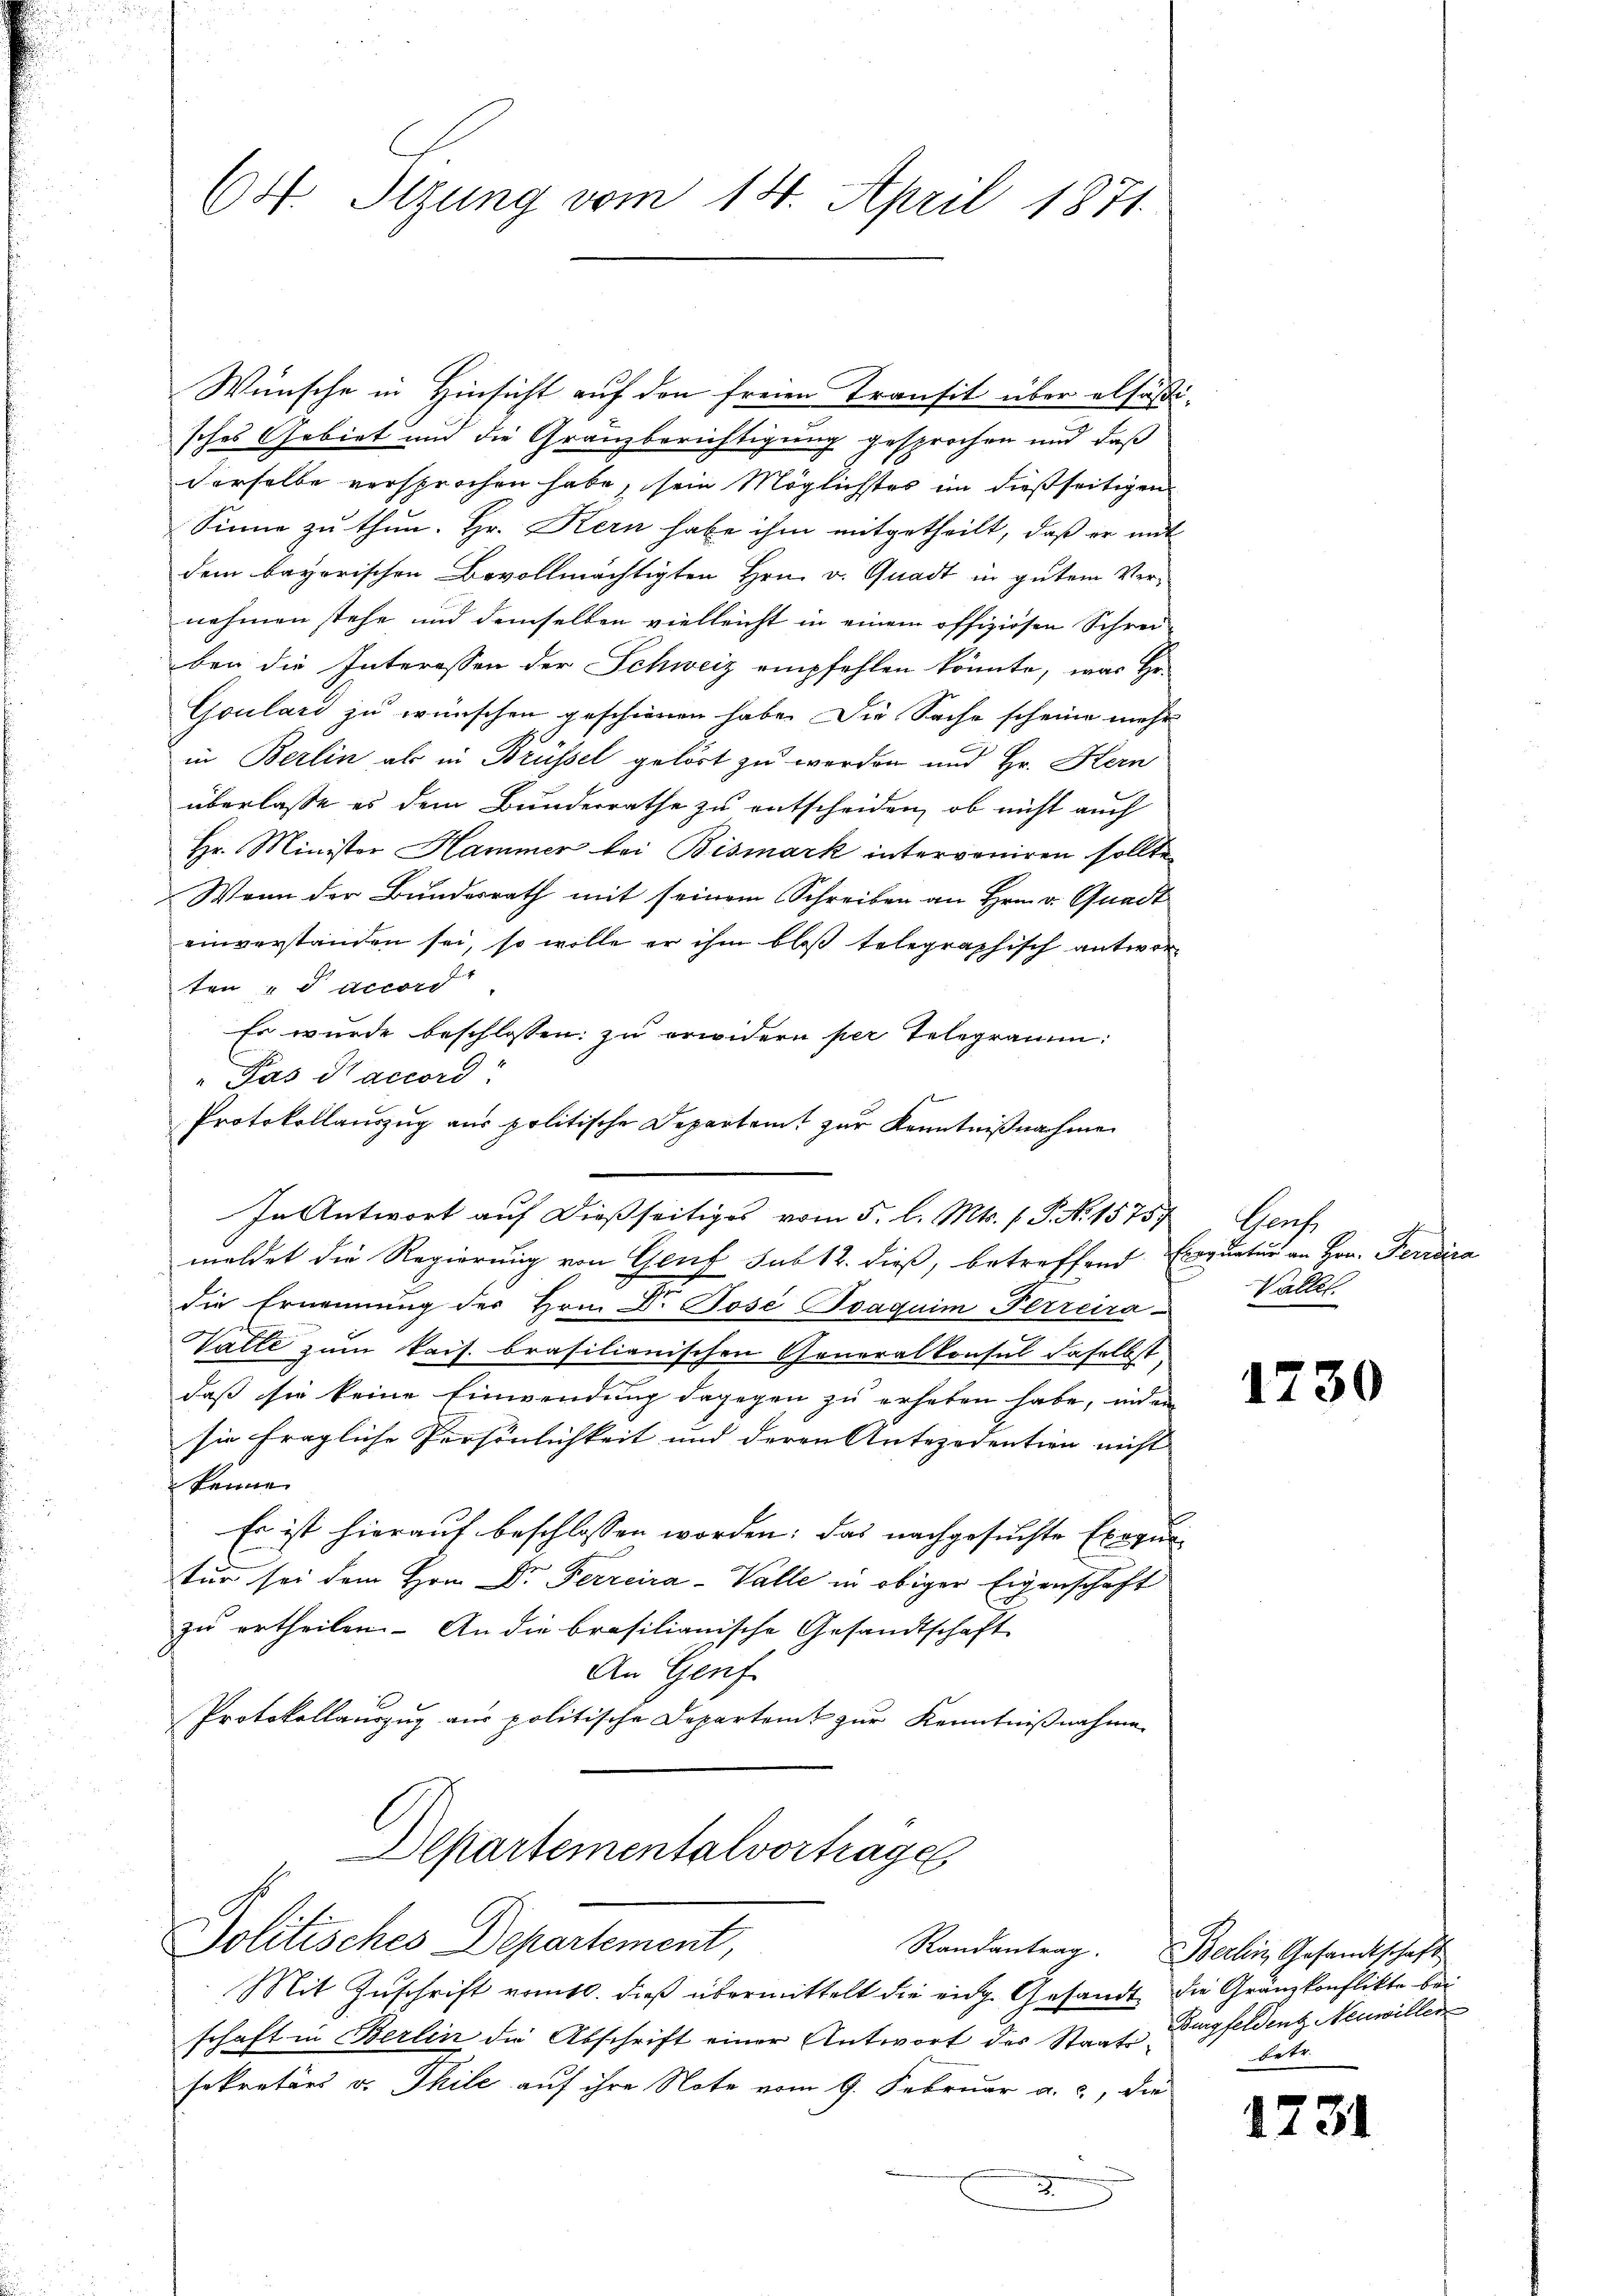
6st Sizung vom 14. April 1871.

Wünsche in Hinsicht auf den freien Transit über alsäße
sches Gebiet und die Gränzberichtigung gesprochen und daß
derselbe versprochen habe, sein Möglichstes in dießseitigen
Sinne zu thun. Hr. Kern habe ihm mitgetheilt, daß er mit
dem bayorischen Bevollmächtigten Hrn. v. Gnadt in gutem Vernehmen stehe und demselben vielleicht in einem offiziösen Schreiben die Interessen der Schweiz empfehlen könnte, was Hr.
Goulard zu wünschen geschienen habe. Die Sache scheine mehr
in Berlin als in Brüssel gehört zu werden und Hr. Kern
überlasse es dem Bunderrathe zu entscheiden, ob nicht auch
Hr. Minister Hammer bei Bismark intervoniren sollte
Wenn der Bundesrath mit seinem Schreiben an Hrn. v. Gnadt
einverstanden sei, so wolle er ihm bloß telegraphisch antworten u Accord
Er wurde beschlossen: zu erwidern per Telegramm:
"Pas Saccord
Protokollauszug aus politische Departeit zur Kenntnißnahmen
In Antwort auf dießseitiges vom 5. l. Mts. 1. P. N. 15757 Genf
meldet die Regierung von Genf sub 12. dieß, betreffend Exequatur an Hrn. Feridica
die Ernennung der Hrn. Dr. Jose Ivaquim Ferreira Kalter
Vatte zum kais. brasilianischen Generalkonsul daselbst
daß sie keine Einwendung dagegen zu erheben habe, indem
sie fragliche Persönlichkeit und deren Antezedention nicht |
kenne
Es ist hierauf beschlossen worden; das nachgesuchte Exequitur sei dem Hrn. Dr Ferrcira-Valle in obiger Eigenschaft
zu ertheilen. An die brasilianische Gesandtschaft
An Genf
Protokollauszug aus politische Departeit zur Kenntnißnahme
Departementalvortrages

Politisches Departement,

Mit Zuschrift vom 10. dieß übermittelt die eidg. Gesandt, die Gränzkonflikte bei
schaft in Berlin die Abschrift einer Antwort des Staat Burgfeldent Neuwiller
sekretärs v. Thile auf ihre Note vom 9. Februar a. c., die
2

2

1730

Randantrag. Berlin Gesandtschaft
betr.

1731